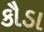
કૌડા